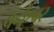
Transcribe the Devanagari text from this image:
वनेश्वर